King Institute of Preventive Medicine Micro-Biological Section reports 1912-19
Year: 1912
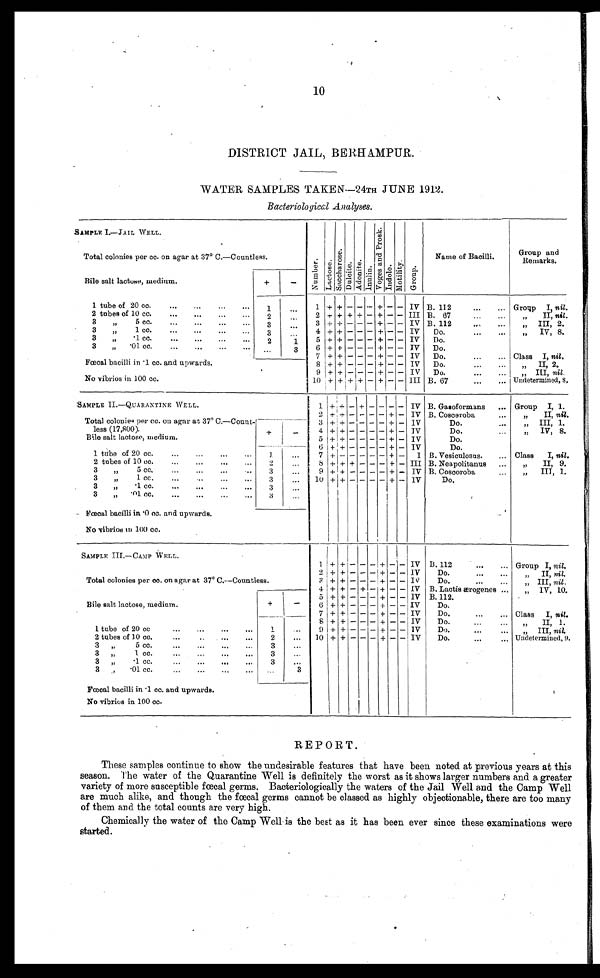
10
DISTRICT JAIL, BERHAMPUR.
WATER SAMPLES TAKEN-24TH JUNE 1912.
Bacteriological.Analyses.
SAMPLE I.—JAIL WELL.
N u m b e r . L a c t o r e . S a c c h a r o s e . D u l c i t e .
A d o n i t e .
I n u l i n .
V o g e s a n d p r o s k .
Indol. M o l o t i l i t y . Group.
Name of Bacilli.
Group and
Remarks.
Total colonies per cc. on agar at 37° C.—Countless.
Bile salt lactose, medium.
+
-
1 tube of 20 cc.
1
1 + + - - - + - - IV B. 112
Group I,
nil.
2 tubes of 10 cc.
2
2
+ + + + - +- - III B. 67
„ II, nil.
3 „ 5 cc.
3
3
+ + - - -
+- - IV B. 112
„ III, 2.
3 „ 1 cc.
3
4
+ + - - - + - - IV
Do.
„ IV, 8.
3
„
·1 cc.
2
1
5
+ + - - - + - - IV
Do.
3
„
·01 cc.
3
6
+ + - - - + - - IV
Do.
7
+ + - -
- + - - IV
Do.
Class I, nil.
Fœcal bacilli in ·1 cc. and upwards.
8
+ + - - - + - - IV
Do.
„ II, 2.
9 + + - -
- + - - IV
Do.
„ III, nil.
No vibrios in 100 cc.
1 0 + + + + - + - - III B. 67
Undetermined, 8.
SAMPLE II.—QUARANTINE WELL.
1 + + - - - - - - IV B. Gasoformans
Group I, 1.
2 + + - - - + + - IV B. Coscoroba
„ II, nil.
Total colonies per cc. on agar at 37° C.—Count
less (17,800).
+
-
3 + + - - - + + - IV
Do.
„ III, 1.
4 + + - - - + + - IV
Do.
„ IV, 8.
Bile salt lactose, medium.
5 + + - - - + + - IV
Do.
6 + + - - - + + - IV
Do.
1 tube of 20 cc.
1
7 + - - - - + + -
I B. Vesiculosus.
Class I, nil.
2 tubes of 10 cc.
2
8 + + + - - + 1- - III B. Neapolitanus
„ II, 9.
3
„
5 cc.
3
9 + + - - - + + - IV B. Coscoroba
„ III, 1.
3
„
1 cc.
3
10 + + - - - + + - 1V
Do.
3
„
·1 cc.
3
3
„
·01 cc.
3
Fœcal bacilli in ·cc. and upwards.
No vibrios in 100 cc.
SAMPLE III.—CAMP WELL.
1 + + - - - + - - IV B. 112
Group I, nil.
Total colonies per cc. on agar at 37° C.—Countless.
2 + + - - - + - - 1V
Do.
„ II, nil.
3 + + - - - + - - IV
„ III, nil.
Bile salt lactose, medium.
+
-
4 + + - + - + - - IV B. Lactis ærogenes
„ IV, 10.
5 + + - - - + - - IV B.112.
6 + + - - - + - - IV
Do.
7 + + - - - + - - IV
Do.
Class I, nil.
1 tube of 20 cc.
1
8 + + - - - + - - IV
Do.
„ II, 1.
9 + + - - - + - - IV
Do.
„ III
nil.
2 tubes of 10 cc.
2
10 + + - - - + - - IV
Do.
Undetermined, 9.
3
„
5 cc.
3
I
3
„
1 cc.
3
3
„
·1 cc.
3
3
„
·01 cc.
3
Fœcal bacilli in ·1cc. and upwards.
No vibrios in 100 cc.
REPORT.
These samples continue to show the undesirable features that have been noted at previous years at this
season. The water of the Quarantine Well is definitely the worst as it shows larger numbers and a greater
variety of more susceptible fœal germs. Bacteriologically the waters of the Jail Well and the Camp Well
are much alike, and though the fœal germs cannot be classed as highly objectionable, there are too many
of them and the total counts are very high.
Chemically the water of the Camp Well is the best as it has been ever since these examinations were
started.